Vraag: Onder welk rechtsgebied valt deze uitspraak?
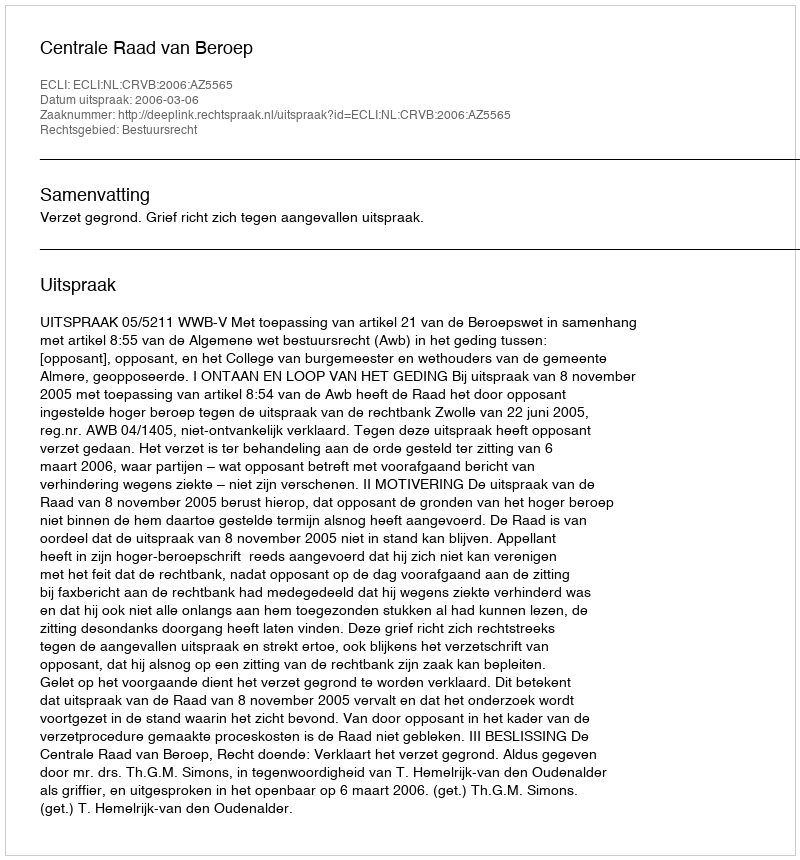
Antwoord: Bestuursrecht